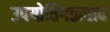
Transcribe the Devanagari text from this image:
उपयोतिगतावाद